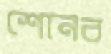
শোনব